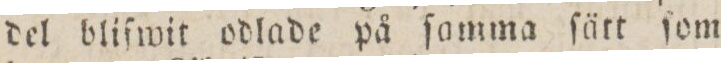
del blifwit odlade på ſamma ſätt ſom